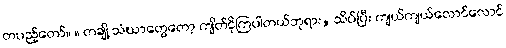
တပည့်တော်။ ။ တချို့ သံဃာတွေတော့ ကျိတ်ငိုကြပါတယ်ဘုရား, သိပ်ပြီး ကျယ်ကျယ်လောင်လောင်